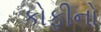
કોફીનો